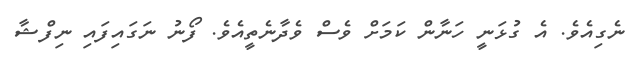
ނެގިއެވެ. އެ ގުޅަނީ ހަނާން ކަމަށް ވެސް ވެދާނެތީއެވެ. ފޯނު ނަގައިފައި ނިފްޝާ